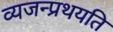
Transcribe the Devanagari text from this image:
व्यजन्प्रथयति